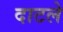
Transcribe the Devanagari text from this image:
दाटले